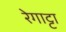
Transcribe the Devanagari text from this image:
रेगाट्टा